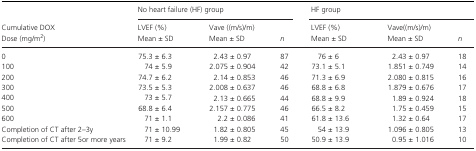
<table><thead><tr><td></td><td colspan="3"><b>No heart failure (HF) group</b></td><td colspan="3"><b>HF group</b></td></tr><tr><td><b>Cumulative DOXDose (mg/m<sup>2</sup>)</b></td><td><b>LVEF (%)Mean ± SD</b></td><td><b>Vave ((m/s)/m)Mean ± SD</b></td><td><b><i>n</i></b></td><td><b>LVEF (%)Mean ± SD</b></td><td><b>Vave((m/s)/m)Mean ± SD</b></td><td><b><i>n</i></b></td></tr></thead><tbody><tr><td>0</td><td>75.3 ± 6.3</td><td>2.43 ± 0.97</td><td>87</td><td>76 ± 6</td><td>2.43 ± 0.97</td><td>18</td></tr><tr><td>100</td><td>74 ± 5.9</td><td>2.075 ± 0.904</td><td>42</td><td>73.1 ± 5.1</td><td>1.851 ± 0.749</td><td>14</td></tr><tr><td>200</td><td>74.7 ± 6.2</td><td>2.14 ± 0.853</td><td>46</td><td>71.3 ± 6.9</td><td>2.080 ± 0.815</td><td>16</td></tr><tr><td>300</td><td>73.5 ± 5.3</td><td>2.008 ± 0.637</td><td>46</td><td>68.8 ± 6.8</td><td>1.879 ± 0.676</td><td>17</td></tr><tr><td>400</td><td>73 ± 5.7</td><td>2.13 ± 0.665</td><td>44</td><td>68.8 ± 9.9</td><td>1.89 ± 0.924</td><td>18</td></tr><tr><td>500</td><td>68.8 ± 6.4</td><td>2.157 ± 0.775</td><td>46</td><td>66.5 ± 8.2</td><td>1.75 ± 0.459</td><td>15</td></tr><tr><td>600</td><td>71 ± 1.1</td><td>2.2 ± 0.086</td><td>41</td><td>61.8 ± 13.6</td><td>1.32 ± 0.64</td><td>17</td></tr><tr><td>Completion of CT after 2–3y</td><td>71 ± 10.99</td><td>1.82 ± 0.805</td><td>45</td><td>54 ± 13.9</td><td>1.096 ± 0.805</td><td>13</td></tr><tr><td>Completion of CT after 5or more years</td><td>71 ± 9.2</td><td>1.99 ± 0.82</td><td>50</td><td>50.9 ± 13.9</td><td>0.95 ± 1.016</td><td>10</td></tr></tbody></table>